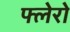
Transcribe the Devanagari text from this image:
फ्लेरो